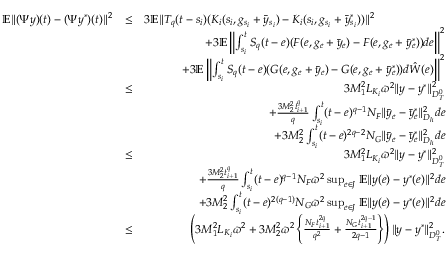
\begin{array} { r l r } { \mathbb { E } \| ( { \Psi } y ) ( t ) - ( \Psi y ^ { * } ) ( t ) \| ^ { 2 } } & { \leq } & { 3 \mathbb { E } \| { \cal T } _ { q } ( t - s _ { i } ) ( { \cal K } _ { i } ( s _ { i } , g _ { s _ { i } } + \bar { y } _ { s _ { i } } ) - { \cal K } _ { i } ( s _ { i } , g _ { s _ { i } } + \bar { y } _ { s _ { i } } ^ { * } ) ) \| ^ { 2 } \qquad \qquad \qquad } \\ & { } & { + 3 \mathbb { E } \left\| \int _ { s _ { i } } ^ { t } { \cal S } _ { q } ( t - e ) ( { \cal F } ( e , g _ { e } + \bar { y } _ { e } ) - { \cal F } ( e , g _ { e } + \bar { y } _ { e } ^ { * } ) ) d e \right\| ^ { 2 } } \\ & { } & { + 3 \mathbb { E } \left\| \int _ { s _ { i } } ^ { t } { \cal S } _ { q } ( t - e ) ( { \cal G } ( e , g _ { e } + \bar { y } _ { e } ) - { \cal G } ( e , g _ { e } + \bar { y } _ { e } ^ { * } ) ) d \hat { \cal W } ( e ) \right\| ^ { 2 } } \\ & { \leq } & { 3 { \cal M } _ { 1 } ^ { 2 } L _ { { \cal K } _ { i } } \varpi ^ { 2 } \| y - y ^ { * } \| _ { { \cal D } _ { T } ^ { 0 } } ^ { 2 } } \\ & { } & { + \frac { 3 { \cal M } _ { 2 } ^ { 2 } t _ { i + 1 } ^ { q } } { q } \int _ { s _ { i } } ^ { t } ( t - e ) ^ { q - 1 } N _ { \cal F } \| \bar { y } _ { e } - \bar { y } _ { e } ^ { * } \| _ { { \cal D } _ { h } } ^ { 2 } d e } \\ & { } & { + 3 { \cal M } _ { 2 } ^ { 2 } \int _ { s _ { i } } ^ { t } ( t - e ) ^ { 2 q - 2 } N _ { \cal G } \| \bar { y } _ { e } - \bar { y } _ { e } ^ { * } \| _ { { \cal D } _ { h } } ^ { 2 } d e } \\ & { \leq } & { 3 { \cal M } _ { 1 } ^ { 2 } L _ { { \cal K } _ { i } } \varpi ^ { 2 } \| y - y ^ { * } \| _ { { \cal D } _ { T } ^ { 0 } } ^ { 2 } } \\ & { } & { + \frac { 3 { \cal M } _ { 2 } ^ { 2 } t _ { i + 1 } ^ { q } } { q } \int _ { s _ { i } } ^ { t } ( t - e ) ^ { q - 1 } N _ { \cal F } \varpi ^ { 2 } \operatorname* { s u p } _ { e \in { \cal J } } \mathbb { E } \| y ( e ) - y ^ { * } ( e ) \| ^ { 2 } d e } \\ & { } & { + 3 { \cal M } _ { 2 } ^ { 2 } \int _ { s _ { i } } ^ { t } ( t - e ) ^ { 2 ( q - 1 ) } N _ { \cal G } \varpi ^ { 2 } \operatorname* { s u p } _ { e \in { \cal J } } \mathbb { E } \| y ( e ) - y ^ { * } ( e ) \| ^ { 2 } d e } \\ & { \leq } & { \left( 3 { \cal M } _ { 1 } ^ { 2 } L _ { { \cal K } _ { i } } \varpi ^ { 2 } + 3 { \cal M } _ { 2 } ^ { 2 } \varpi ^ { 2 } \left\{ \frac { N _ { \cal F } t _ { i + 1 } ^ { 2 q } } { q ^ { 2 } } + \frac { N _ { \cal G } t _ { i + 1 } ^ { 2 q - 1 } } { 2 q - 1 } \right\} \right) \| y - y ^ { * } \| _ { { \cal D } _ { T } ^ { 0 } } ^ { 2 } . } \end{array}